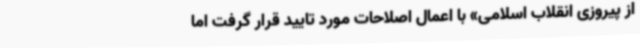
از پیروزی انقلاب اسلامی» با اعمال اصلاحات مورد تایید قرار گرفت اما